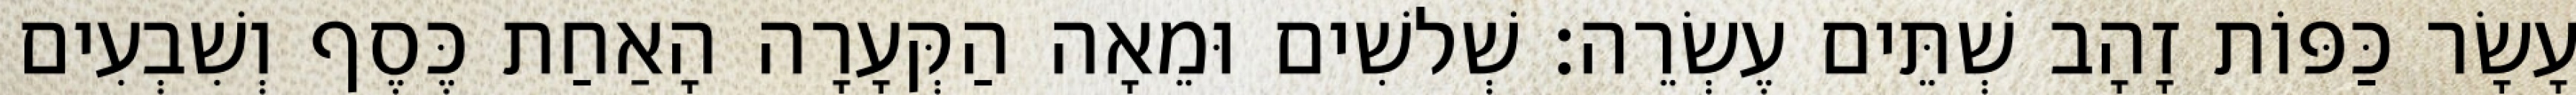
עָשָׂר כַּפּוֹת זָהָב שְׁתֵּים עֶשְׂרֵה׃ שְׁלשִׁים וּמֵאָה הַקְּעָרָה הָאַחַת כֶּסֶף וְשִׁבְעִים